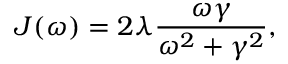
J ( \omega ) = 2 \lambda \frac { \omega \gamma } { \omega ^ { 2 } + \gamma ^ { 2 } } ,